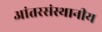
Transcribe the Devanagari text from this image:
आंतरसंस्थानीय